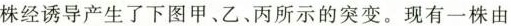
株经诱导产生了下图甲、乙、丙所示的突变。现有一株由